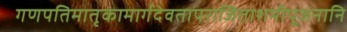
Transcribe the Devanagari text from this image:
गणपतिमातृकामार्गदेवतापराजिताशमीपूजनानि